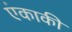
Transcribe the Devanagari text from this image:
एंकाकी